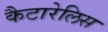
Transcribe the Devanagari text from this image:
कैटारेलिस